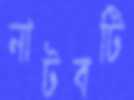
নাটবটি